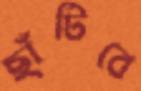
ছাঁটিবে